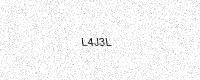
Text: L4J3L